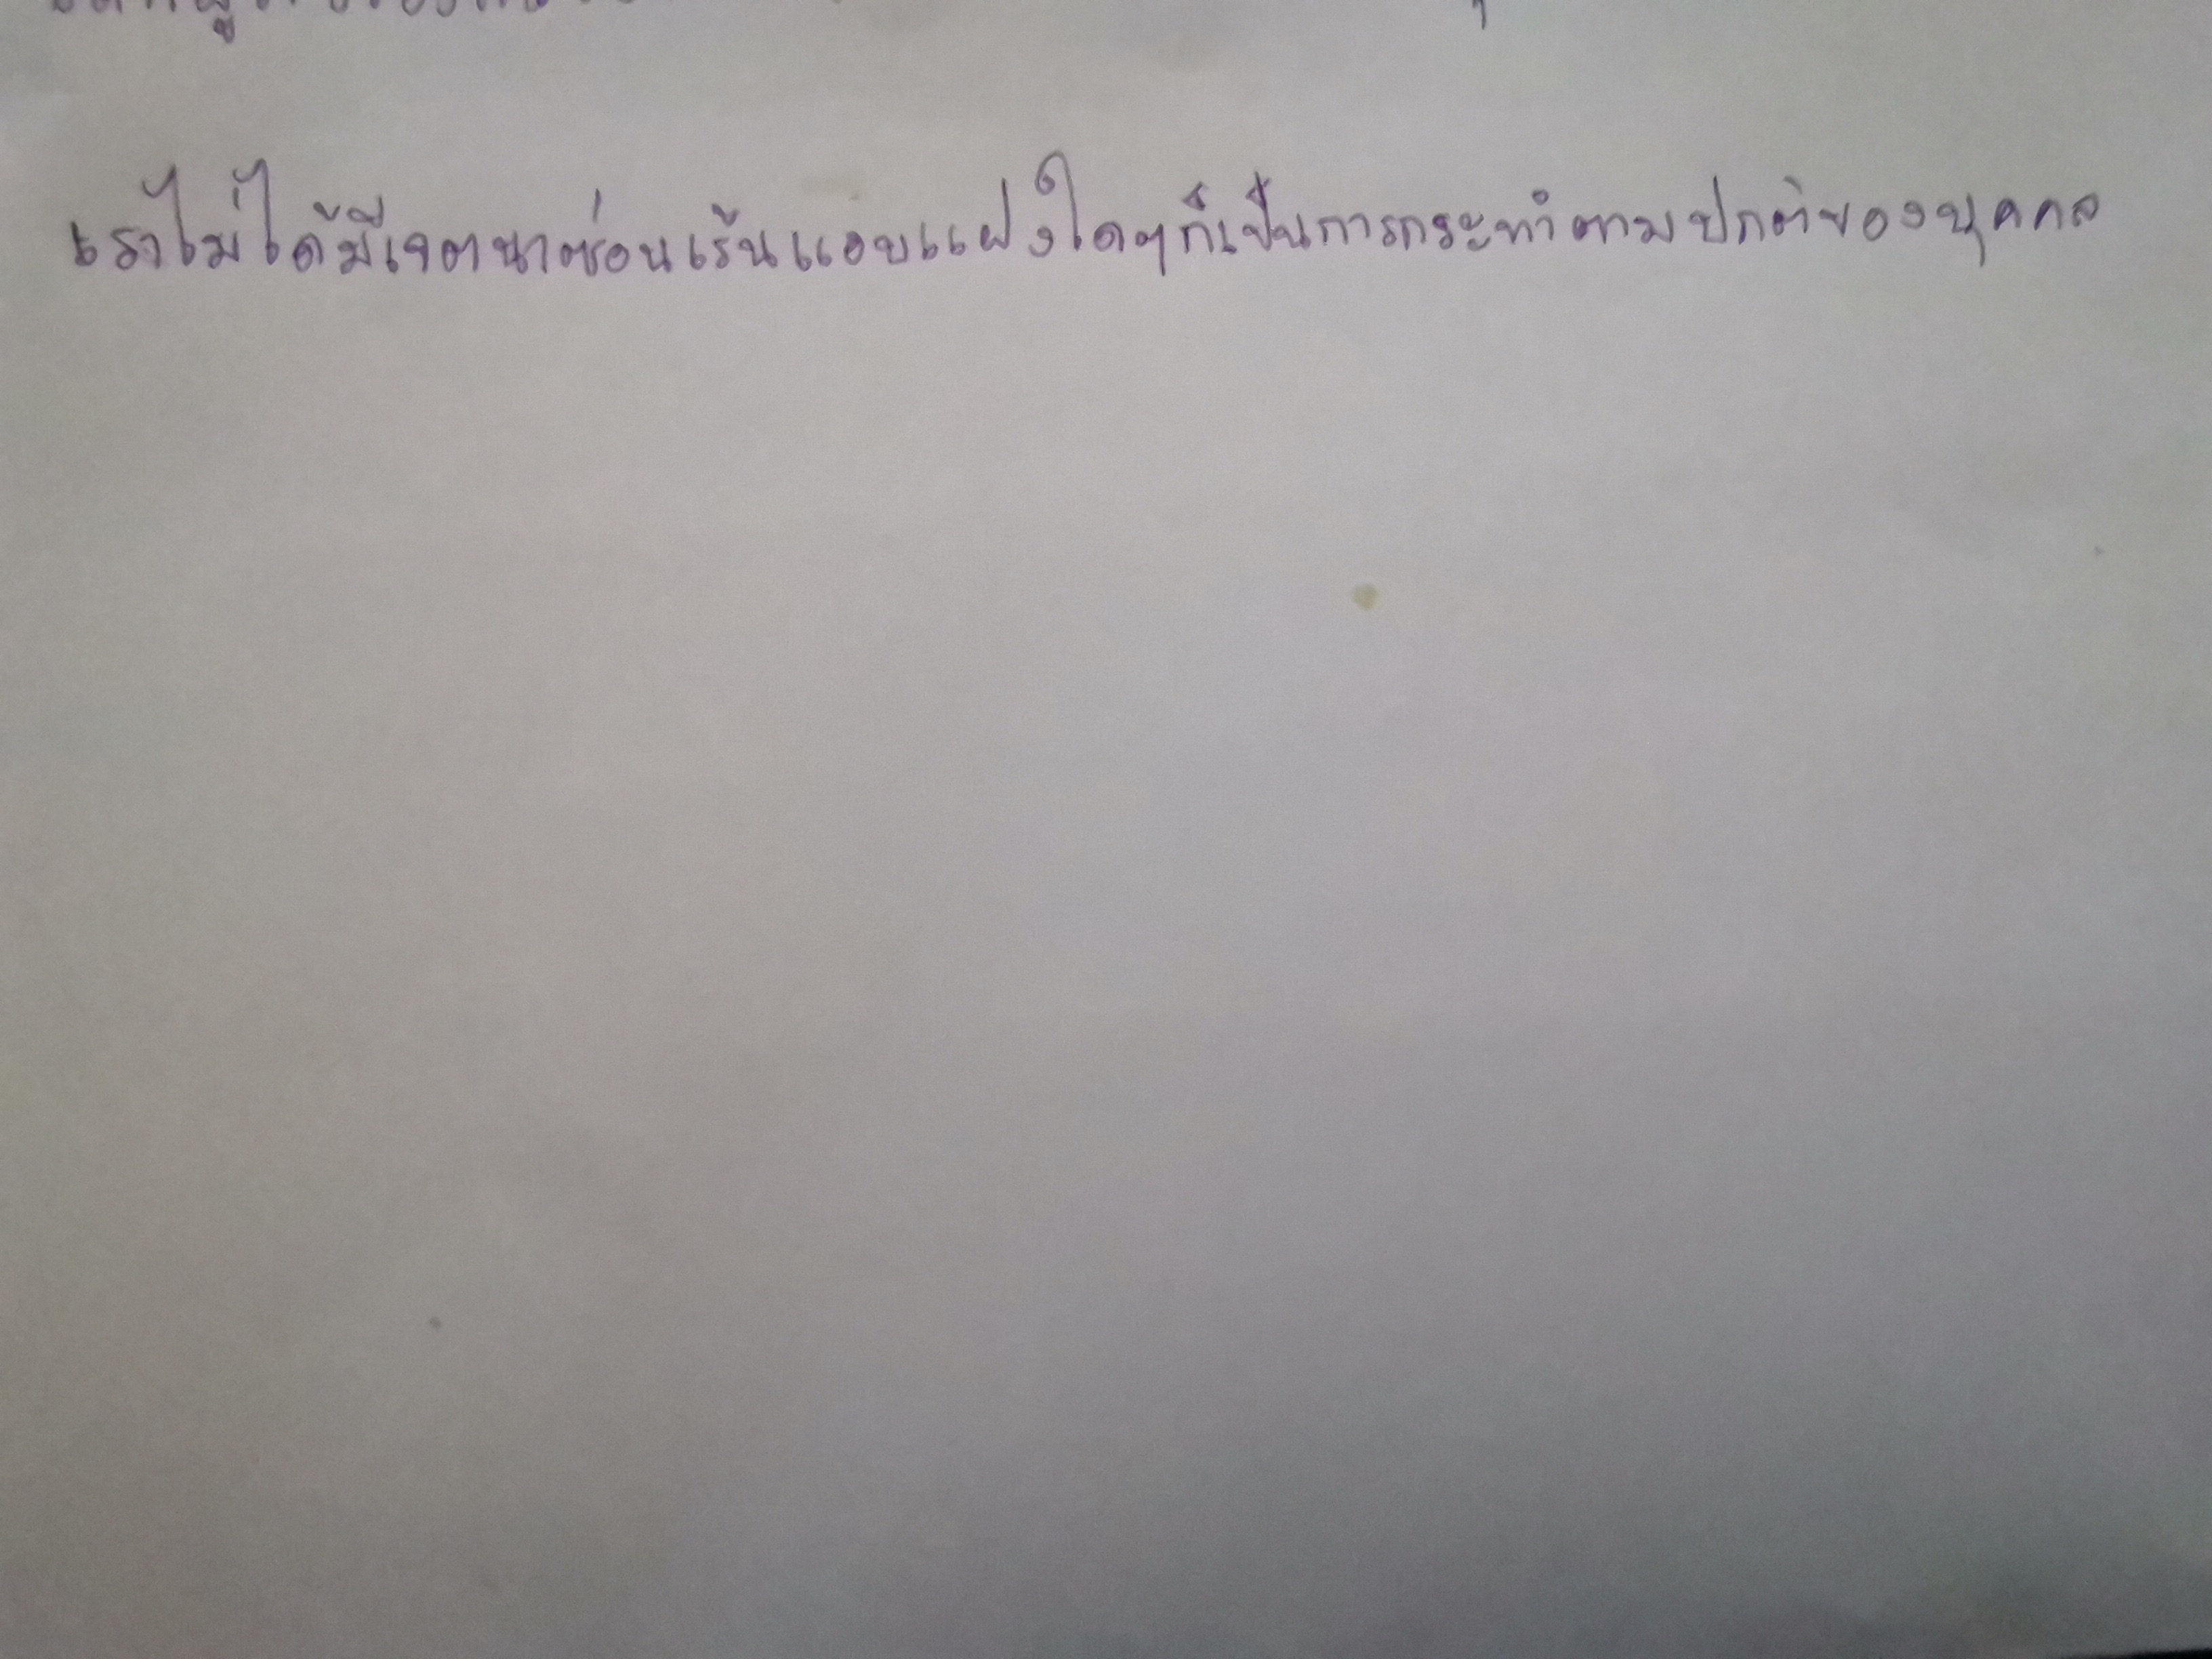
เราไม่ได้มีเจตนาซ่อนเร้นแอบแฝงใดๆก็เป็นการกระทำตามปกติของบุคคล